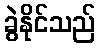
ခွဲနိုင်သည်